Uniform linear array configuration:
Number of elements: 4
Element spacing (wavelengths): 0.5
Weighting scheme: hamming
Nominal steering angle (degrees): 0
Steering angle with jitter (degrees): -0.8423
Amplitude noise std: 0.05
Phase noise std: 0.05

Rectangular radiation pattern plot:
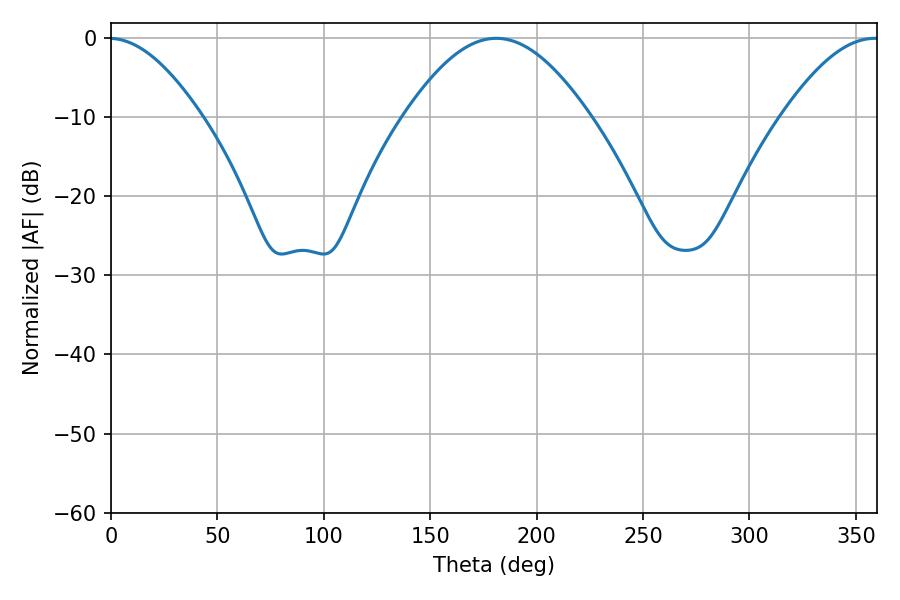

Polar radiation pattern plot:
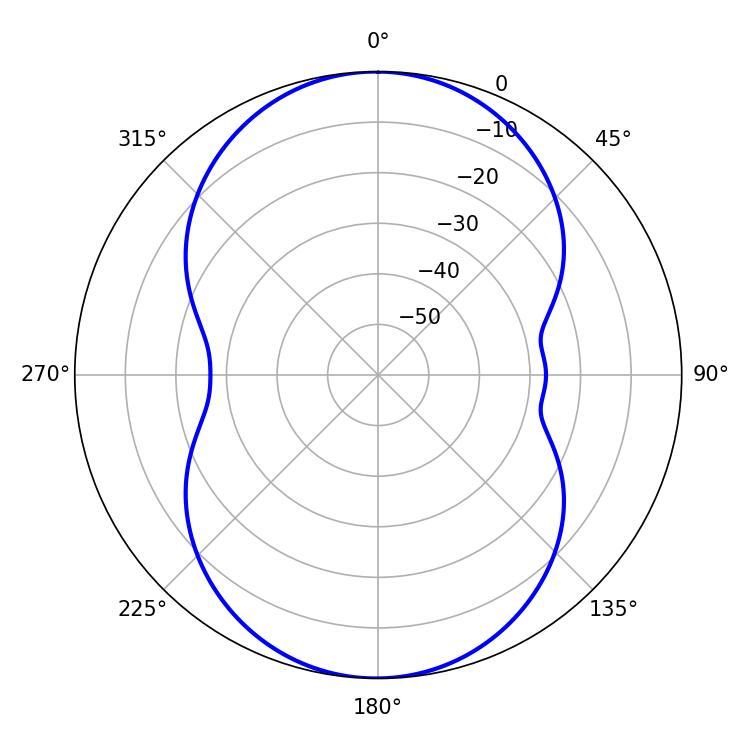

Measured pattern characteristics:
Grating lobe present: FALSE
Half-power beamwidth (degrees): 46.98
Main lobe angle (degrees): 181.08